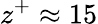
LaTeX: z^{+}\approx 15